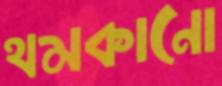
থমকানো